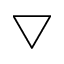
\bigtriangledown